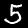
Label: 5